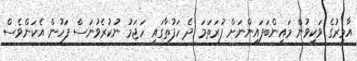
އާމިރުގެ ވަކިވުން މައިންބަފައިންނަށް ފުރަތަމަ ދެ ހަފުތާގައި ހަޖަމު ނުކުރެވުނަސް ފަހުން އެކަންވެސް